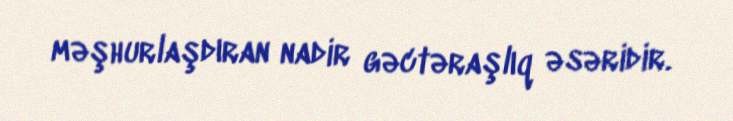
məşhurlaşdıran nadir gəctəraşlıq əsəridir.